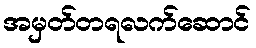
အမှတ်တရလက်ဆောင်